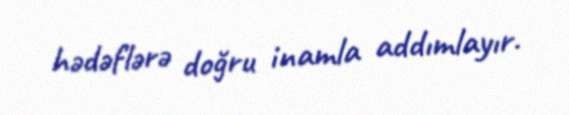
hədəflərə doğru inamla addımlayır.